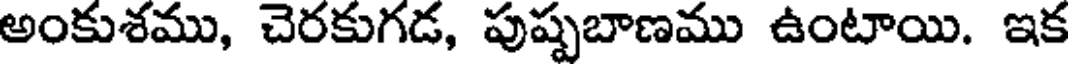
అంకుశము, చెరకుగడ, పుష్పబాణము ఉంటాయి. ఇక